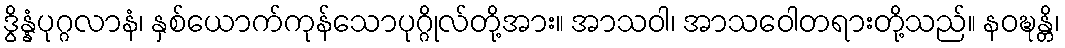
ဒွိန္နံပုဂ္ဂလာနံ၊ နှစ်ယောက်ကုန်သောပုဂ္ဂိုလ်တို့အား။ အာသဝါ၊ အာသဝေါတရားတို့သည်။ နဝဍ္ဎန္တိ၊